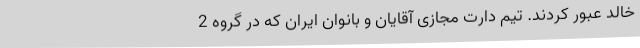
خالد عبور کردند. تیم دارت مجازی آقایان و بانوان ایران که در گروه 2